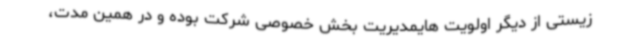
زیستی از دیگر اولویت هایمدیریت بخش خصوصی شرکت بوده و در همین مدت،